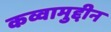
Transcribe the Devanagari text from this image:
कव्वामुद्दीन